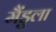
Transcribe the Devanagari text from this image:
मैंडुला